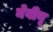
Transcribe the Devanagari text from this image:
नेवीयू